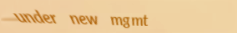
under new mgmt